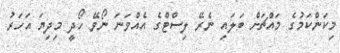
މިކަންކަމުގެ މައްޗަށް ބަލައި ނެރޭ ލިސްޓްގެ އެއްވަނަ ނޯވޭ ހޯދީ މިދިޔަ އަހަރު